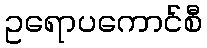
ဥရောပကောင်စီ